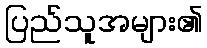
ပြည်သူအများ၏